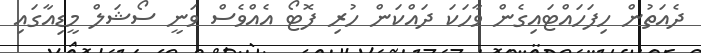
ދެއަތުން ހިފަހައްޓައިގެން ވާހަކަ ދައްކަން ހުރި ފޮޓޯ އެއްވެސް ވަނީ ސޯޝަލް މީޑިއާގައި